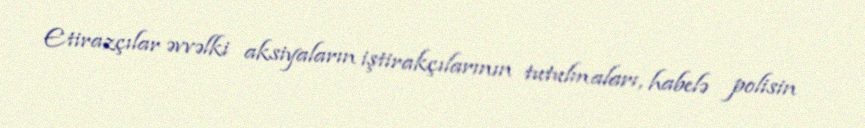
Etirazçılar əvvəlki aksiyaların iştirakçılarının tutulmaları, habelə polisin